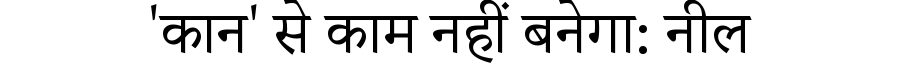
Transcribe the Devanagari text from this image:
'कान' से काम नहीं बनेगा: नील